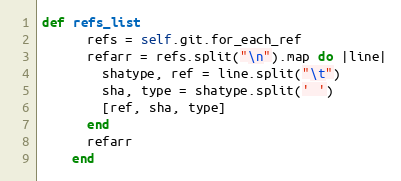
Language: Ruby
def refs_list
      refs = self.git.for_each_ref
      refarr = refs.split("\n").map do |line|
        shatype, ref = line.split("\t")
        sha, type = shatype.split(' ')
        [ref, sha, type]
      end
      refarr
    end